Lunatic asylums United Provinces 1909-1921 - 1909-1921
Year: 1909
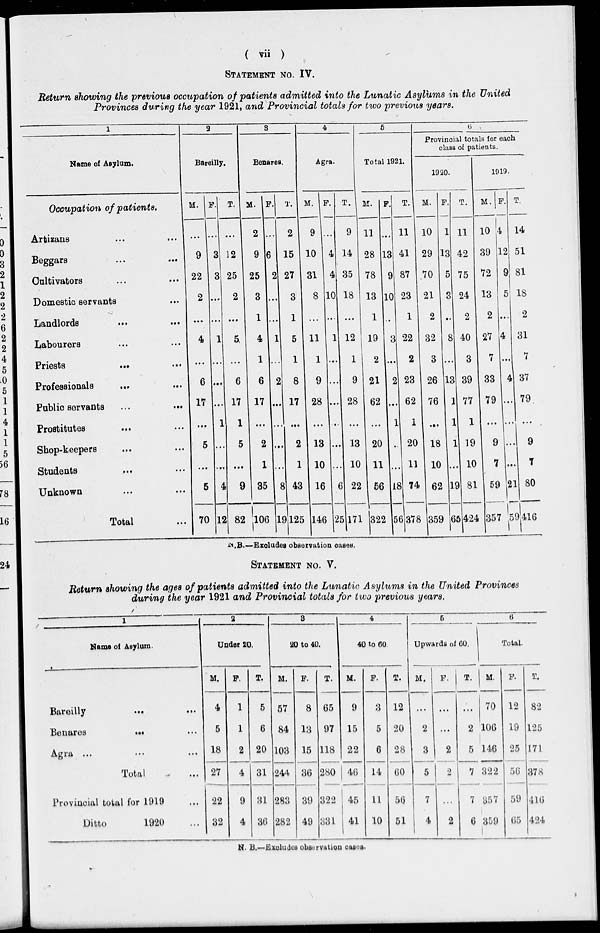
( vii )
STATEMENT NO. IV.
Return showing the previous occupation of patients admitted into the Lunatic Asylùms in the United
Provinces during the year 1921, and Provincial totals for two previous years.
1
Name of Asylum.
Occupation of patients.
Artizans ... ...
Beggars ... ...
Cultivators ... ...
Domestic servants ...
Landlords
...
...
Labourers ... ...
Priests
... ...
Professionals
...
...
Public servants
... ...
Prostitutes
... ...
Shop-keepers ... ...
Students ... ...
Unknown ... ...
Total ...
2
Bareilly.
M.
...
9
22
2
...
4
...
6
17
...
5
...
5
70
F.
...
3
3
...
...
1
...
...
...
1
...
...
4
12
T.
...
12
25
2
...
5
...
6
17
1
5
...
9
82
3
Benares.
M.
2
9
25
3
1
4
1
6
17
...
2
1
35
106
F.
...
6
2
...
...
1
...
2
...
...
...
...
8
19
T.
2
15
27
3
1
5
1
8
17
...
2
1
43
125
4
Agra.
M.
9
10
31
8
...
11
1
9
28
...
13
10
16
146
F.
...
4
4
10
...
1
...
...
...
...
...
...
6
25
T.
9
14
35
18
...
12
1
9
28
...
13
10
22
171
5
Total 1921.
M.
11
28
78
13
1
19
2
21
62
...
20
11
56
322
F.
...
13
9
10
..
3
...
2
...
1
..
...
18
56
T.
11
41
87
23
1
22
2
23
62
1
20
11
74
378
6
Provinoial totals for each
class of patients.
1950.
M.
10
29
70
21
2
32
3
26
76
...
18
10
62
359
F.
1
13
5
3
..
8
...
13
1
1
1
...
19
65
T.
11
42
75
24
2
40
3
39
77
1
19
10
81
424
1919.
M.
10
39
72
13
2
27
7
33
79
...
9
7
59
357
F.
4
12
9
5
...
4
...
4
...
...
...
...
21
59
T.
14
51
81
18
2
31
7
37
79
...
9
7
80
416
N.B.—Excludes observation cases.
STATEMENT NO. V.
Return showing the ages of patients admitted into the Lunatic Asylums in the United Provinces
during the year 1921 and Provincial totals for two previous years.
1
Name of Asylum.
Bareilly ... ...
Benares
...
...
Agra ... ...
Total ...
Provincial total for 1919 ...
Ditto
1920 ...
2
Under 20.
M.
4
5
18
27
22
32
F.
1
1
2
4
9
4
T.
5
6
20
31
31
36
3
20 to 40.
M.
57
84
103
244
283
282
F.
8
13
15
36
39
49
T.
65
97
118
280
322
331
4
40 to 60.
M.
9
15
22
46
45
41
F.
3
5
6
14
11
10
T.
12
20
28
60
56
51
5
Upwards of 60.
M.
...
2
3
5
7
4
F.
...
...
2
2
...
2
T.
...
2
5
7
7
6
6
Total.
M.
70
106
146
322
357
359
F.
12
19
25
56
59
65
T.
82
125
171
378
416
424
N. B.—Excludes observation cases.